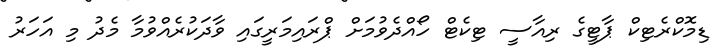
ޑިމޮކްރެޓިކް ޕާޓީގެ ރިއާސީ ޓިކެޓް ހޯއްދެވުމަށް ޕްރައިމަރީގައި ވާދަކުރެއްވުމާ މެދު މި އަހަރު